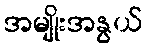
အမျိုးအနွယ်